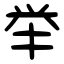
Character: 举